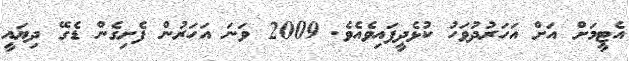
އެޓީމަށް އަށް އަހަރުދުވަހު ކުޅެދީފައިވެއެވެ. 2009 ވަނަ އަހަރުން ފެށިގެން ޑެގޭ ދިޔައީ